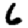
Digit: 6